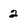
Character: 2